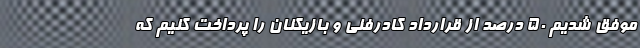
موفق شدیم 50 درصد از قرارداد کادرفنی و بازیکنان را پرداخت کنیم که